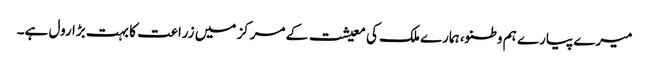
میرے پیارے ہم وطنو، ہمارے ملک کی معیشت کے مرکز میں زراعت کا بہت بڑا رول ہے۔